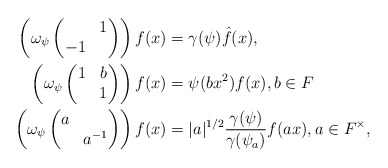
\begin{align*}\left(\omega_{\psi}\begin{pmatrix}&1\\ -1& \end{pmatrix}\right)f(x)&=\gamma(\psi)\hat f(x),\\\left(\omega_{\psi}\begin{pmatrix}1& b\\ &1 \end{pmatrix}\right) f(x)&=\psi(bx^2)f(x), b\in F\\\left(\omega_{\psi}\begin{pmatrix}a& \\ &a^{-1} \end{pmatrix}\right) f(x)&=|a|^{1/2}\frac{\gamma(\psi)}{\gamma(\psi_a)}f(ax), a\in F^\times,\end{align*}